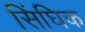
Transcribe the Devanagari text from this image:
सिंघिक